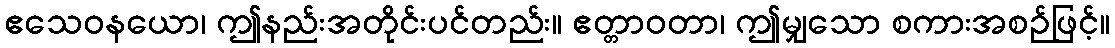
ဧသေဝနယော၊ ဤနည်းအတိုင်းပင်တည်း။ ဧတ္တာဝတာ၊ ဤမျှသော စကားအစဉ်ဖြင့်။